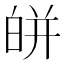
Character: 皏